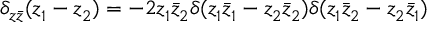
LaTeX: \delta _ { z \bar { z } } ^ { } ( z _ { 1 } ^ { } - z _ { 2 } ^ { } ) = - 2 z _ { 1 } ^ { } \bar { z } _ { 2 } ^ { } \delta ( z _ { 1 } ^ { } \bar { z } _ { 1 } ^ { } - z _ { 2 } ^ { } \bar { z } _ { 2 } ^ { } ) \delta ( z _ { 1 } ^ { } \bar { z } _ { 2 } ^ { } - z _ { 2 } ^ { } \bar { z } _ { 1 } ^ { } )